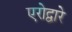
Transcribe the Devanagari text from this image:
एरोद्वारे